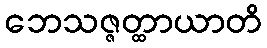
ဘေသဇ္ဇတ္ထာယာတိ